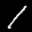
Label: 1